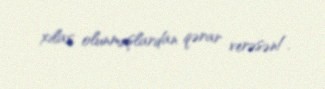
xilas olunmuşlardan qərar verəsən!.